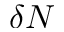
\delta N